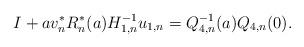
LaTeX: \begin{align*} I+ a v_n^*R_n^*(a)H_{1,n}^{-1} u_{1,n}=Q_{4,n}^{-1}(a)Q_{4,n}(0). \end{align*}